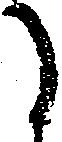
に